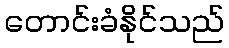
တောင်းခံနိုင်သည်